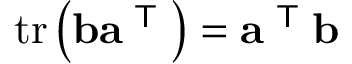
\operatorname { t r } \left( \mathbf { b } \mathbf { a } ^ { \textsf { T } } \right) = \mathbf { a } ^ { \textsf { T } } \mathbf { b }